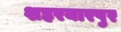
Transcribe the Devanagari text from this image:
शहरयारपुर